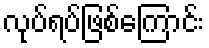
လုပ်ရပ်ဖြစ်ကြောင်း